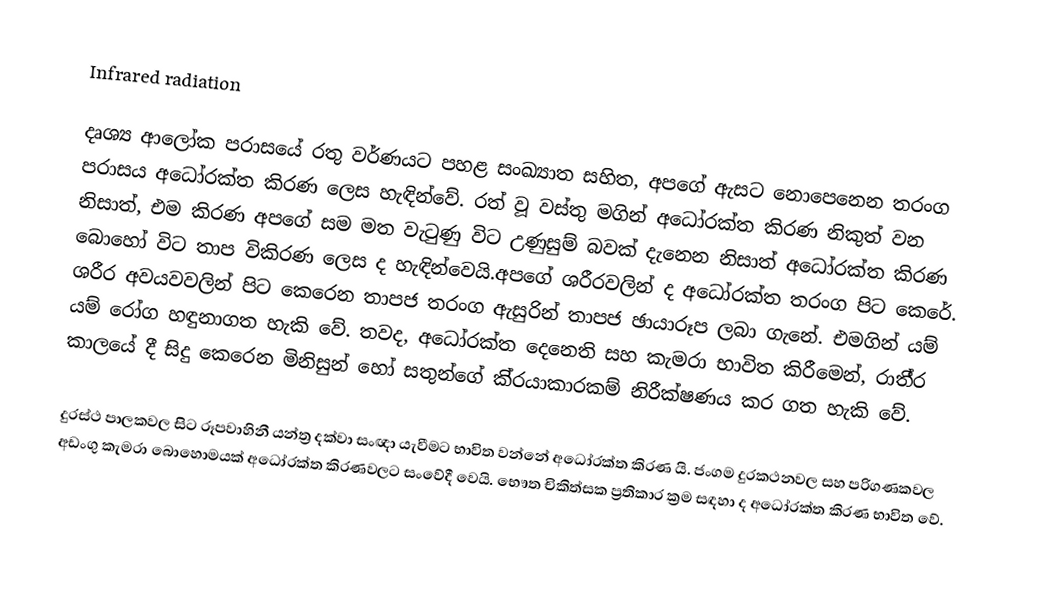
Infrared radiation

දෘශ්‍ය ආලෝක පරාසයේ රතු වර්ණයට පහළ සංඛ්‍යාත සහිත, අපගේ ඇසට නොපෙනෙන තරංග පරාසය අධෝරක්ත කිරණ ලෙස හැඳින්වේ. රත් වූ වස්තු මගින් අධෝරක්ත කිරණ නිකුත් වන නිසාත්, එම කිරණ අපගේ සම මත වැටුණු විට උණුසුම් බවක් දැනෙන නිසාත් අධෝරක්ත කිරණ බොහෝ විට තාප විකිරණ ලෙස ද හැඳින්වෙයි.අපගේ ශරීරවලින් ද අධෝරක්ත තරංග පිට කෙරේ. ශරීර අවයවවලින් පිට කෙරෙන තාපජ තරංග ඇසුරින් තාපජ ඡායාරූප ලබා ගැනේ. එමගින් යම් යම් රෝග හඳුනාගත හැකි වේ. තවද, අධෝරක්ත දෙනෙති සහ කැමරා භාවිත කිරීමෙන්, රාතී්‍ර කාලයේ දී සිදු කෙරෙන මිනිසුන් හෝ සතුන්ගේ කි්‍රයාකාරකම් නිරීක්ෂණය කර ගත හැකි වේ.

දුරස්ථ පාලකවල සිට රූපවාහිනී යන්ත්‍ර දක්වා සංඥා යැවීමට භාවිත වන්නේ අධෝරක්ත කිරණ යි. ජංගම දුරකථනවල සහ පරිගණකවල අඩංගු කැමරා බොහොමයක් අධෝරක්ත කිරණවලට සංවේදී වෙයි. භෞත චිකිත්සක ප්‍රතිකාර ක්‍රම සඳහා ද අධෝරක්ත කිරණ භාවිත වේ.